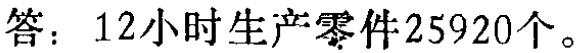
答：12小时生产零件25920个。